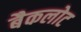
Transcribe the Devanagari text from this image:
बैकलोट